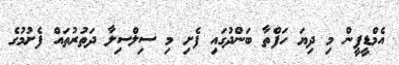
އެމްޑީޕީން މި ދިޔަ ހަފްތާ ބަންދުގައި ފެށި މި ސިލްސިލާ ދަތުރުތައް ފެށުމުގެ